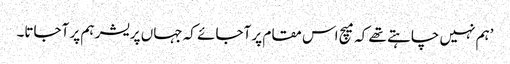
’ہم نہیں چاہتے تھے کہ میچ اس مقام پر آجائے کہ جہاں پریشر ہم پر آجاتا۔